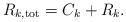
LaTeX: \begin{align*}R_{k,\mathrm{tot}}=C_{k}+R_{k}.\end{align*}